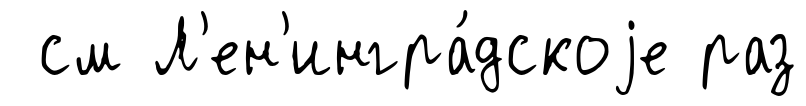
см Л'ен'ингра́дскоjе раз